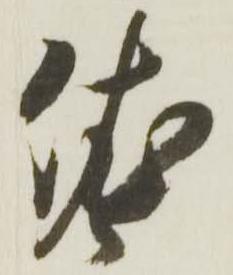
依